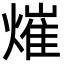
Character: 熣